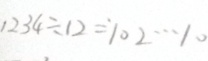
1 2 3 4 \div 1 2 = 1 0 2 \cdots 1 0